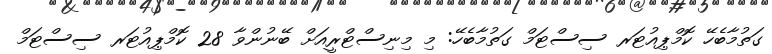
ގަތުމާބެހޭ ކޮމްޕިއުޓަރ ސިސްޓަމް ގަތުމާބެހޭ: މި މިނިސްޓްރީއަށް ބޭނުންވާ 28 ކޮމްޕިއުޓަރ ސިސްޓަމް